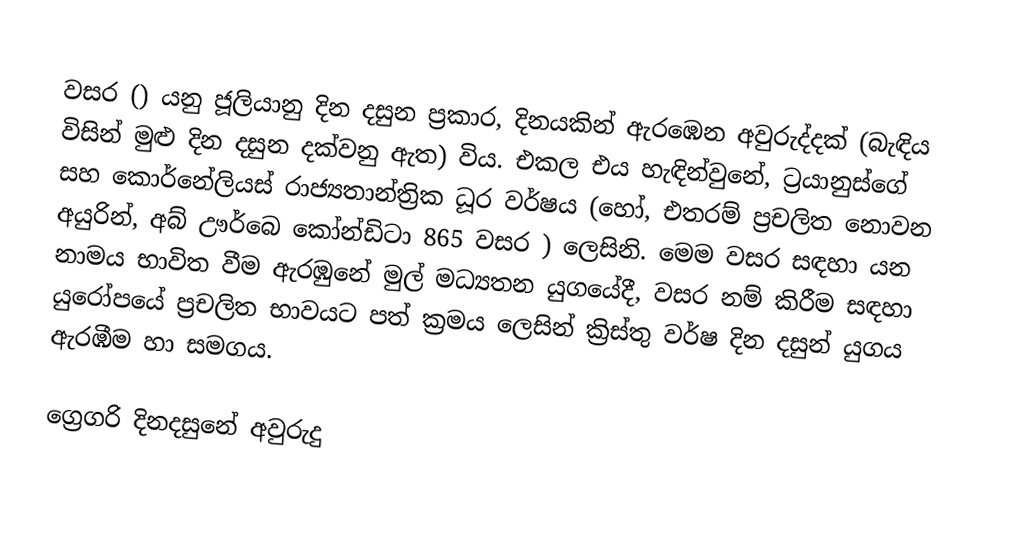

වසර   () යනු  ජූලියානු දින දසුන ප්‍රකාර,    දිනයකින් ඇරඹෙන  අවුරුද්දක්   (බැඳිය විසින් මුළු දින දසුන දක්වනු ඇත)  විය. එකල එය හැඳින්වුනේ, 	ට්‍රයානුස්ගේ	 සහ 	කොර්නේලියස්	  රාජ්‍යතාන්ත්‍රික  ධූර වර්ෂය  (හෝ, එතරම් ප්‍රචලිත නොවන අයුරින්,  අබ් ඌර්බෙ කෝන්ඩිටා 	865	  වසර  ) ලෙසිනි. මෙම වසර සඳහා   යන නාමය භාවිත වීම ඇරඹුනේ මුල් මධ්‍යතන යුගයේදී, වසර නම් කිරීම සඳහා යුරෝපයේ ප්‍රචලිත භාවයට පත් ක්‍රමය ලෙසින් ක්‍රිස්තු වර්ෂ දින දසුන් යුගය ඇරඹීම හා සමගය.

ග්‍රෙගරි දිනදසුනේ අවුරුදු